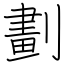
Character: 劃